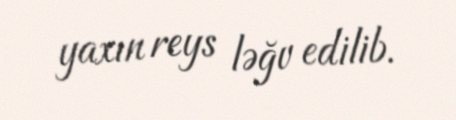
yaxın reys ləğv edilib.